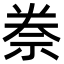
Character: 䄅